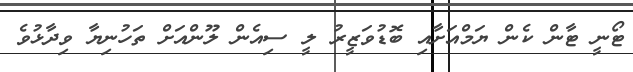
ޓޯނީ ޓާން ކެން ޔަމްއަށާއި ބޮޑުވަޒީރު ލީ ސިއެން ލޫންއަށް ތަހުނިޔާ ވިދާޅުވެ